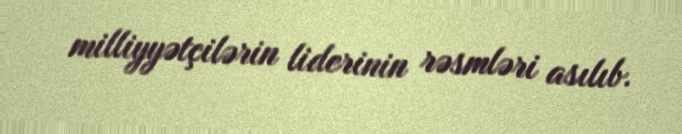
milliyyətçilərin liderinin rəsmləri asılıb.